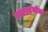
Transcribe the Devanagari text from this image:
स्काइवॉक